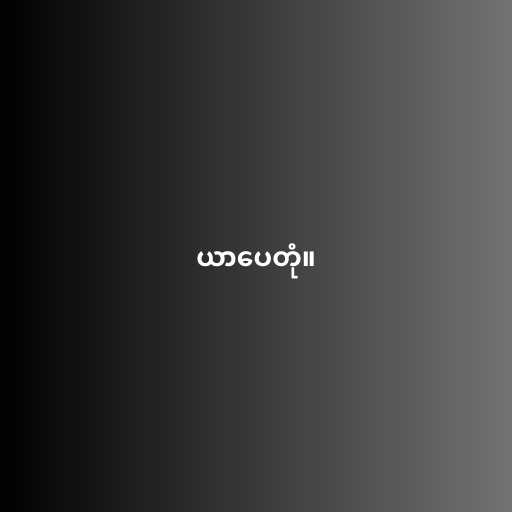
ယာပေတုံ။